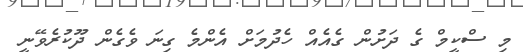
މި ސްކީމް ގެ ދަށުން ގެއެއް ހެދުމަށް އެންމެ ގިނަ ވެގެން ދޫކުރެވޭނީ